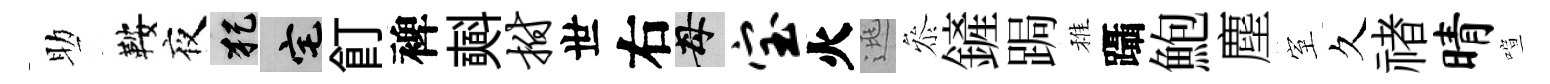
助鞍夜犯宅飣裨𣂏拊世右母宝火逃叅鏟跼稚躡鮑塵室久禇晴喧